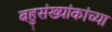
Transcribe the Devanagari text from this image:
बहुसंख्यांकांच्या